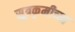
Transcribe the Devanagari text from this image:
सूत्रकृमीच्या